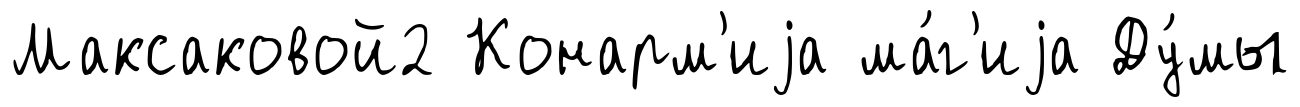
Максаковой2 Конарм'иjа ма́г'иjа Ду́мы